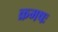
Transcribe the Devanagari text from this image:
क्रमषः